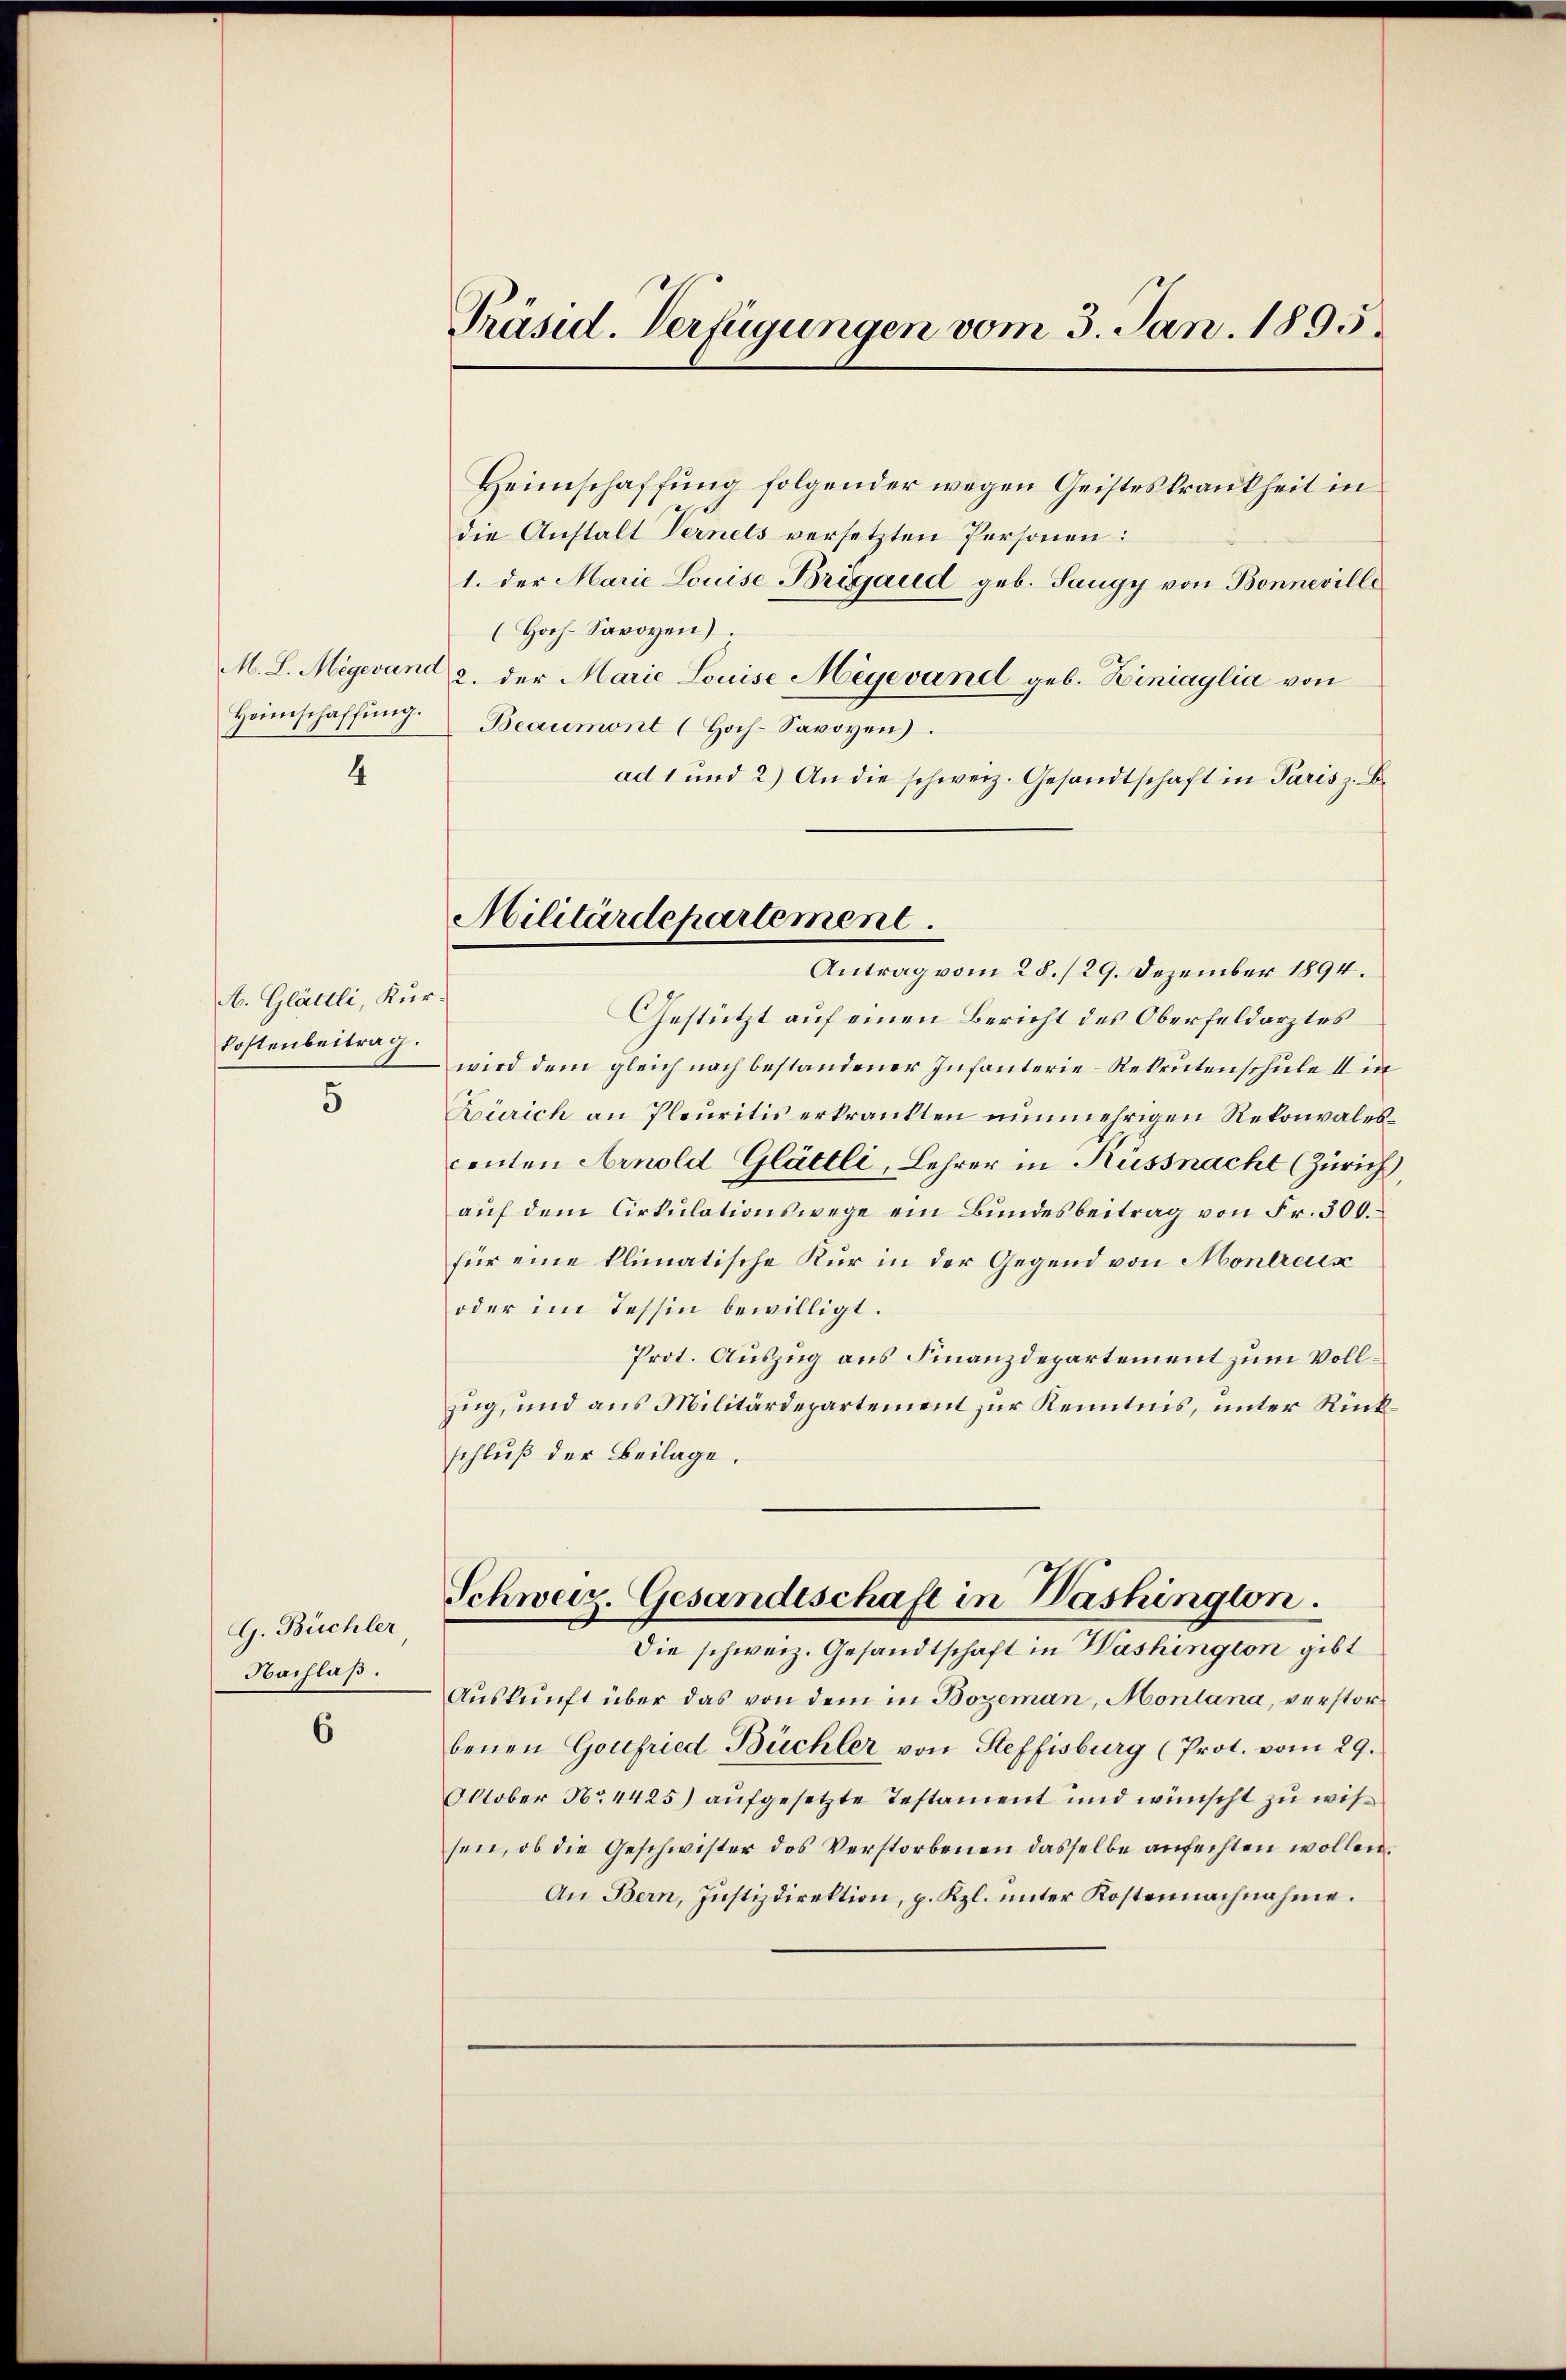
Heimschaffung.

5

4

A. Glättli, Kurkostenbeitrag.

G. Büchler
Nachlaß.

6

Präsid. Verfügungen vom 3. Jan. 1895.

Heimschaffung folgender wegen Geisteskrankheit in
die Anstalt Vernels versetzten Personen:
1. der Marie Louise Brigand geb. Sangy von Bonneville
(Hoch-Savoyen).
M. L. Megerand 2. der Marie Louise Megevand geb. Kiniaglia von
Beaumont (Hoch-Savoyen).
ad 1 und 2) An die schweiz. Gesandtschaft in Paris z. B.

Antrag vom 28./29. Dezember 1894.
Gestützt auf einen Bericht des Oberfeldarztes
wird dem gleich nach bestandener Infanterie-Rekrutenschule II in
Zürich an Plauritis erkrankten nŭnmehrigen Rekonvales-
centen Arnold Glättli, Lehrer in Küssnacht (Zürich,
auf dem Cirkulationswege ein Bundesbeitrag von Fr. 300.
für eine klimatische Kur in der Gegend von Montreux
oder im Tessin bewilligt.
Prot. Auszug aus Finanzdepartement zum Vollzug, und aus Militärdepartement zur Kenntnis, unter Rückschluß der Beilage.

Militärdepartement

Schweiz. Gesandtschaft in Washington.
Die schweiz. Gesandtschaft in Washington gibt

Auskunft über das von dem in Bozeman, Montana, verstorbenen Goufried Büchler von Steffisburg (Prot. vom 29.
Oktober No. 4425) aufgesetzte Testament und wünscht zu wissen, ob die Geschwister des Verstorbenen dasselbe anfechten wollen.
An Bern, Justizdirektion, p. Kzl. unter Kostennachnahme.